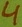
Text: 4